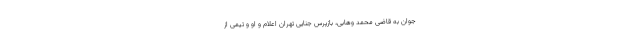
جوان به قاضی محمد وهابی، بازپرس جنایی تهران اعلام و او و تیمی از